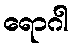
ရောဂါ